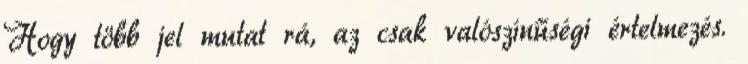
Hogy több jel mutat rá, az csak valószínűségi értelmezés.